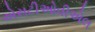
એસટીઓવીએલ